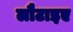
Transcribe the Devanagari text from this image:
लौटाइए